Report on vaccination North-West Frontier Province 1904-1922 - 1904-1922
Year: 1904
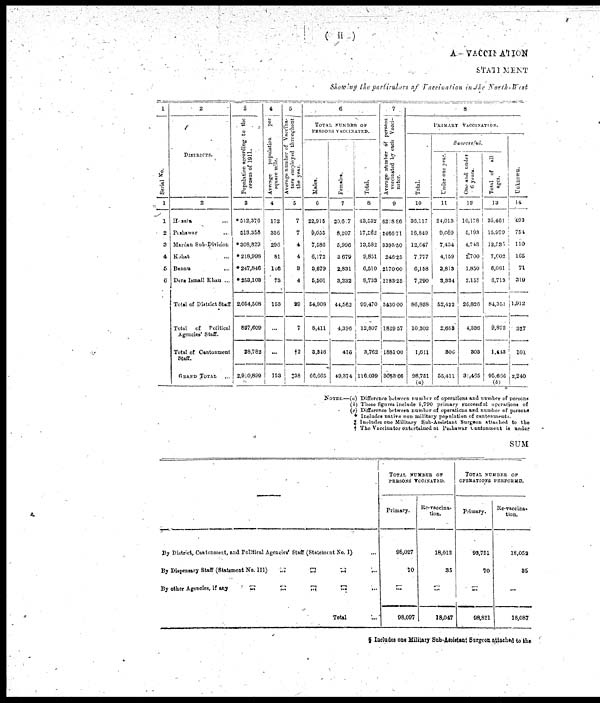
( ii)
A.—VACCINATION
STATEMENT
Showing the particulars of Vaccination in the North-West
1
Serial No.
1
1
2
3
4
6
6
2
DISTRICTS.
2
Hazara ...
Peshawar ...
Mardan Sub-Division
Kohat ...
Bannu
...
Dera Ismail Khan ...
Total of District Staff
Total of
Political
Agencies' Staff.
Total of Cantonment
Staff.
GRAND TOTAL ...
3
Population according to the
census of 1911.
3
*512,376
513,356
* 308,829
* 218,998
* 247,846
* 253,103
2,054,508
827,609
28,782
2,910,899
4
Average
population
per
square mile.
4
172
336
296
81
146
73
153
...
...
153
5
Average number of Vacctia¬
tors employed throughout
the year.
5
7
7
4
4
3
4
29
7
†2
‡38
6
TOTAL NUMBER OF
PERSONS VACCINATED.
Males.
6
22,915
9,055
7,586
6,172
3,679
5,501
54,908
8,411
3,346
66,665
Females.
7
20,617
8,207
5,996
3,679
2,831
3,232
44,562
4,396
416
49,374
Total.
8
43,532
17,262
13,582
9,851
6,510
8,733
99,470
12,807
3,762
116,039
7
Average number of persons
vaccinated by each Vacci¬
nator.
9
6218.86
2466.71
3395.50
246.25
2170.00
2183.25
3430.00
1829.57
1881.00
3053.66
8
PRIMARY VACCINATION.
Total.
10
36,117
16,849
12,647
7,777
6,158
7,290
86,838
10,302
1,611
98,751
(a)
Successful.
Under one year.
11
24,013
9,669
7,434
4,159
3,813
3,334
52,422
2,683
306
55,411
One and under
6 years.
12
10,178
5,193
4,748
2,700
1,850
2,157
26,826
4,336
303
31,465
Total of all
ages.
13
35,461
15,979
12,535
7,602
6,061
6,713
84,351
9,872
1,443
95,666
(b)
Unknown.
14
493
754
110
165
71
319
1,912
227
101
2,240
NOTES.—(a) Difference between number of operations and number of persons
(b) These figures include 8,790 primary successful operations of
(c) Difference between number of operations and number of persons
* Includes native non military population of cantonments.
‡ Includes one Military Sub-Assistant Surgeon attached to the
‡ The Vaccinator entertained at Peshawar cantonment is under
SUM
By District, Cantonment, and Political Agencies' Staff (Statement No. I)
...
By Dispensary Staff (Statement No. III)
...
...
... ...
By other Agencies, if any
...
...
...
...
Tota1 ...
TOTAL NUMBER OF
PERSONS VCCINATED.
Primary.
98,027
70
...
98,097
Re-vaccina-
tion.
18,012
35
...
18,047
TOTAL NUMBER OF
OPERATIONS PERFORMD.
Primary.
93,751
70
...
98,821
Re-vaccina¬
tion.
18,053
35
...
18,087
§ Includes one Military Sub-Assistant Surgeon attached to the